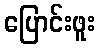
ပြောင်းဖူး